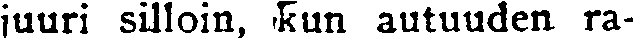
juuri silloin, kun autuuden ra-